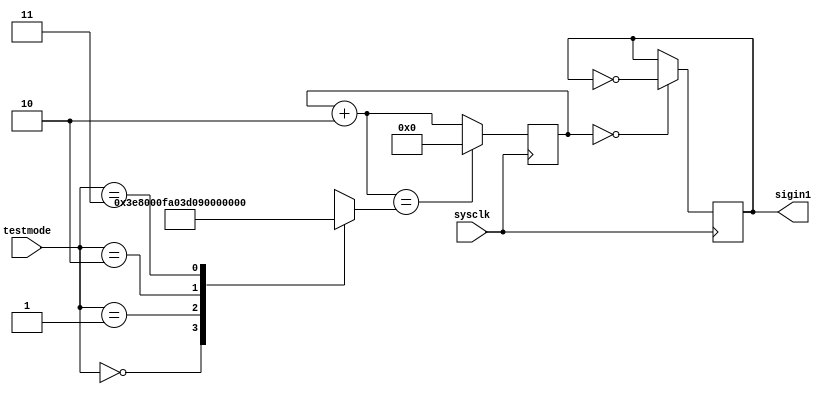
module signalinput(
    input [1:0] testmode,  // 00, 01, 10, 11 4,
                           //  3125, 250, 50, 12500Hz,  SW1~SW0 
    input sysclk,  // 100M
    output sigin1  // 
);

reg [20:0] state;
reg [20:0] divide;
reg sigin;

assign sigin1 = sigin;

initial
begin
    sigin = 0;
    state = 21'b000000000000000000000;
    divide = 21'b0_0000_0111_1101_0000_0000;
end

always @(testmode)
begin
    case(testmode[1:0])
    2'b00: divide = 21'b0_0000_0111_1101_0000_0000;  // 3125Hz, 32000
    2'b01: divide = 21'b0_0000_0011_1110_1000_0000;  // 6250Hz, 16000
    2'b10: divide = 21'b1_1110_1000_0100_1000_0000;  // 50Hz, 2000000
    2'b11: divide = 21'b0_0000_0001_1111_0100_0000;  // 12500Hz, 8000
    endcase
end

always @(posedge sysclk)  // divide
begin
    if(state == 0)
        sigin = ~sigin;
    state = state + 21'd2;
    if(state == divide)
        state = 0;
end

endmodule